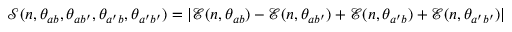
\mathcal { S } ( n , \theta _ { a b } , \theta _ { a b ^ { \prime } } , \theta _ { a ^ { \prime } b } , \theta _ { a ^ { \prime } b ^ { \prime } } ) = | \mathcal { E } ( n , \theta _ { a b } ) - \mathcal { E } ( n , \theta _ { a b ^ { \prime } } ) + \mathcal { E } ( n , \theta _ { a ^ { \prime } b } ) + \mathcal { E } ( n , \theta _ { a ^ { \prime } b ^ { \prime } } ) |